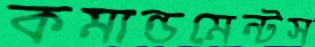
কমান্ডমেন্টস